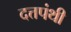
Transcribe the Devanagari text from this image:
दत्तपंथी